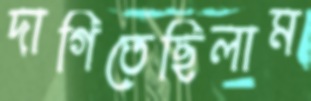
দাগিতেছিলাম